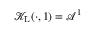
\mathcal { K } _ { \mathrm { L } } ( \cdot , 1 ) = \mathcal { A } ^ { 1 }